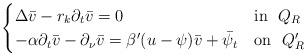
LaTeX: \begin{align*}\begin{cases} \Delta \bar{v}-r_k\partial_t\bar{v}=0 &{\rm{in}} \ \ Q_R \cr-\alpha\partial_t\bar{v}-\partial_\nu \bar{v}=\beta'(u-\psi)\bar{v}+\bar{\psi}_t &{\rm{on}} \ \ Q_R' \cr\end{cases}\end{align*}